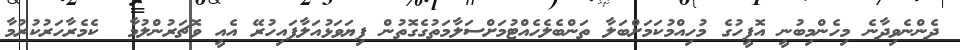
ދެންނެވިދާނެ މިހެންމިބުނީ އޮފީހުގެ މުހިއްމުކަމަށްބަލާ ތަންބެލެހެއްޓުމަށްސަލާމަތުގެގޮތުން ފިޔަވަޅުއަލާފައިހުރޭ އެއީ ވޮޗަރުންލުމާ  ކެމެރާހަރުކުރުމާ